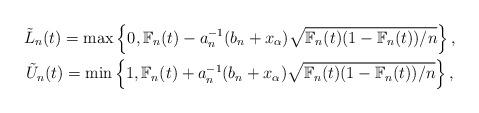
LaTeX: \begin{gather*}\tilde{L}_n(t)=\max\left\{0,\mathbb{F}_n(t)-a_n^{-1}({b_n+x_{\alpha}})\sqrt{{\mathbb{F}_n(t)(1-\mathbb{F}_n(t))}/{n}}\right\},\\\tilde{U}_n(t)=\min\left\{1,\mathbb{F}_n(t)+a_n^{-1}({b_n+x_{\alpha}})\sqrt{{\mathbb{F}_n(t)(1-\mathbb{F}_n(t))}/{n}}\right\},\end{gather*}